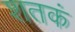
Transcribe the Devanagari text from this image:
शतकं